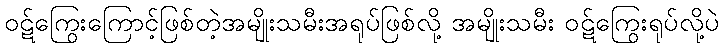
ဝဋ်ကြွေးကြောင့်ဖြစ်တဲ့အမျိုးသမီးအရုပ်ဖြစ်လို့ အမျိုးသမီး ဝဋ်ကြွေးရုပ်လို့ပဲ